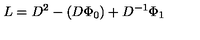
L = D ^ { 2 } - ( D \Phi _ { 0 } ) + D ^ { - 1 } \Phi _ { 1 }